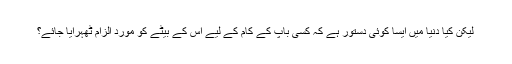
لیکن کیا دنیا میں ایسا کوئی دستور ہے کہ کسی باپ کے کام کے لیے اس کے بیٹے کو مورد الزام ٹھہرایا جائے؟